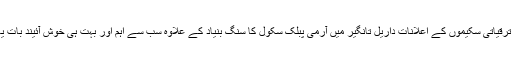
وزیر اعلی ٰ اورٹین کور کمانڈر کا دورہ داریل تانگیر مختلف ترقیاتی سکیموں کے اعلانات داریل تانگیر میں آرمی پبلک سکول کا سنگ بنیاد کے علاوہ سب سے اہم اور بہت ہی خوش آئیند بات یہ ہے کہ ترقیاتی سکیمیں فوج کی نگرانی میں مکمل ہونگی ۔